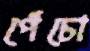
পেঁচো